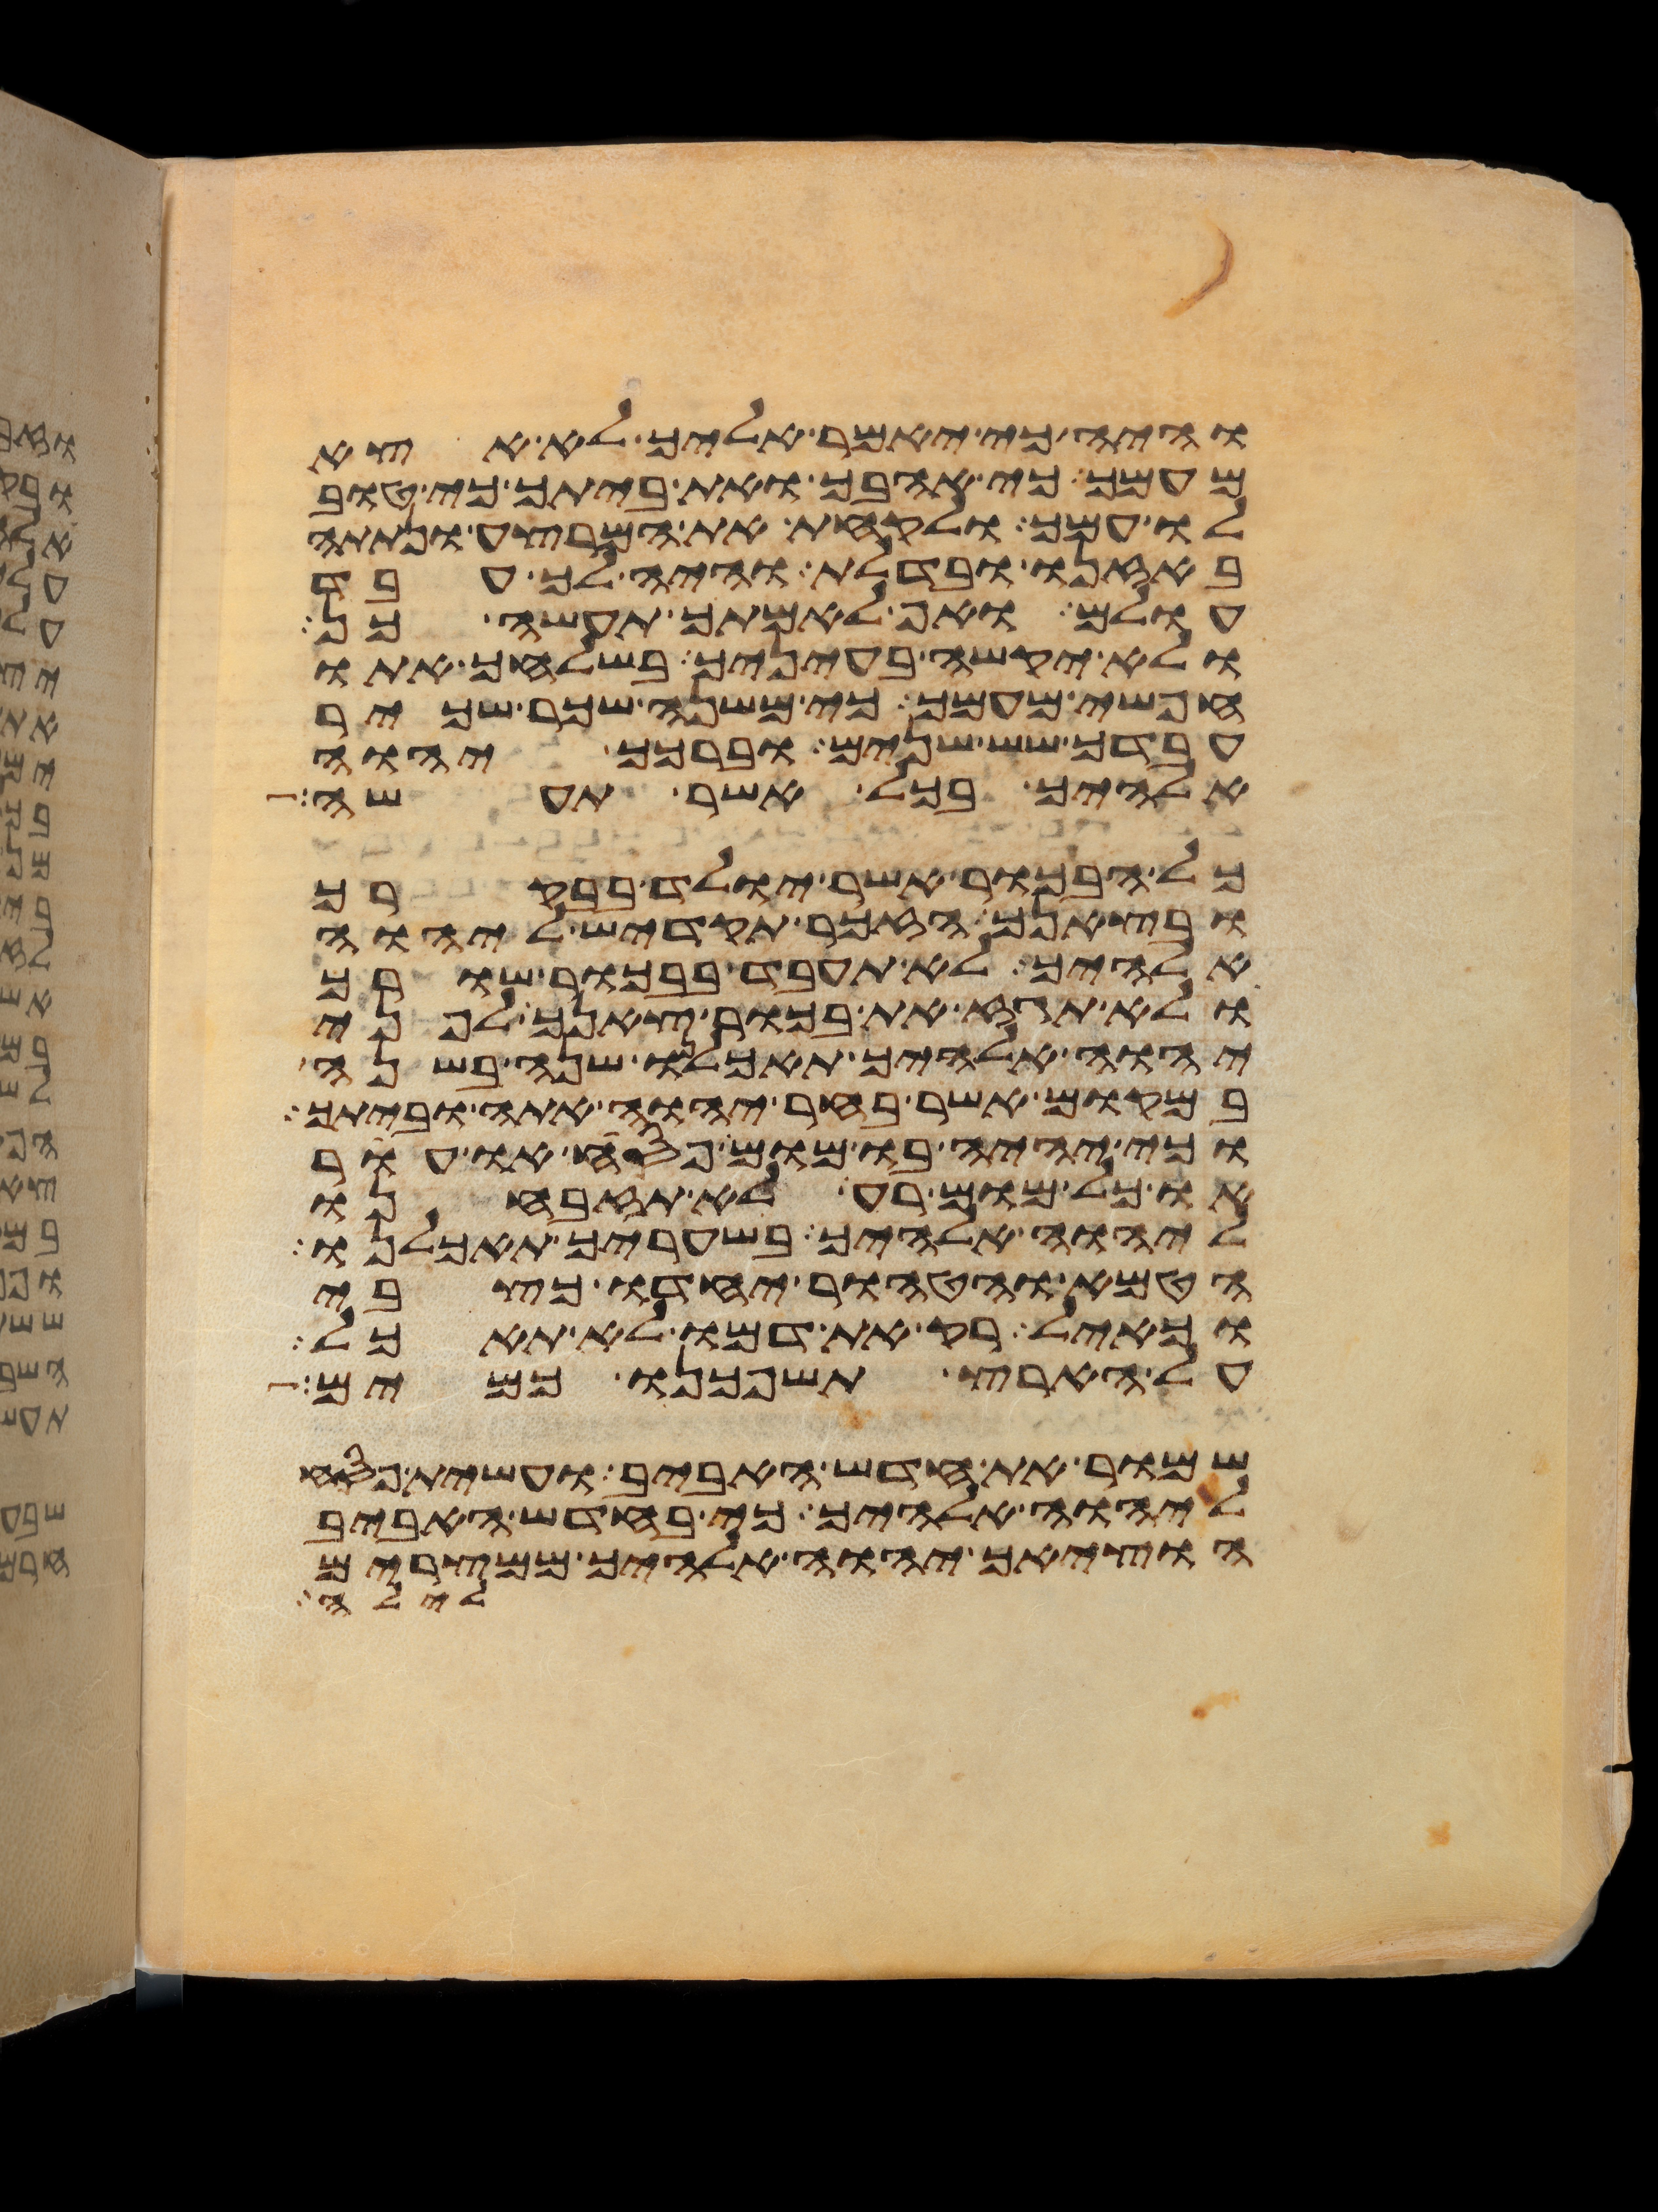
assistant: והיה כי יאמר אליך לא אצא
מעמך כי אהבך ואת ביתך כי טוב
לו עמך ולקחת את המרצע ונתתה
באזנו ובדלת והיה לך עבד
עולם ואף לאמתך תעשה כן
ולא יקשה בעיניך בשלחך אתו
חפשי מעמך כי משנה שכר שכיר
עבדך שש שנים וברכך יהוה
אלהיך בכל אשר תעשה
כל הבכור אשר יולד בבקרך
ובצאנך הזכר תקדיש ליהוה
אלהיך לא תעבד בבכור שורך
ולא תגז את בכור צאנך לפני
יהוה אלהיך תאכלנו שנה בשנה
במקום אשר בחר יהוה אתה וביתך
וכי יהיה בו מום פסח או עור
או כל מום רע לא תזבחנו
ליהוה אלהיך בשעריך תאכלנו
הטמא והטהור יחדו כצבי
וכאיל רק את דמו לא תאכל
על הארץ תשפכנו כמים
שמור את חדש האביב ועשית פסח
ליהוה אלהיך כי בחדש האביב
הוציאך יהוה אלהיך ממצרים
לילה